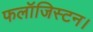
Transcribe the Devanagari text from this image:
फलॉजिस्टन।